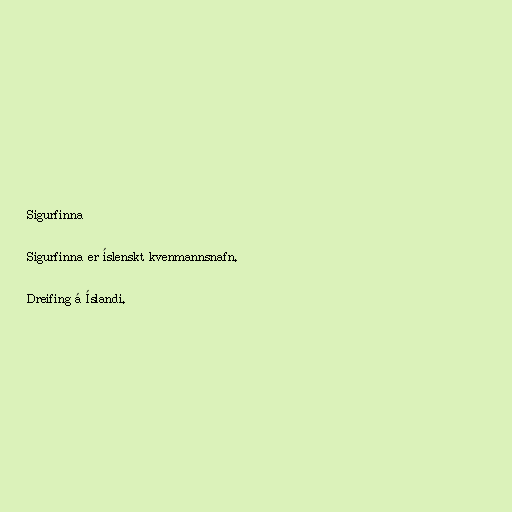
Sigurfinna

Sigurfinna er íslenskt kvenmannsnafn.

Dreifing á Íslandi.